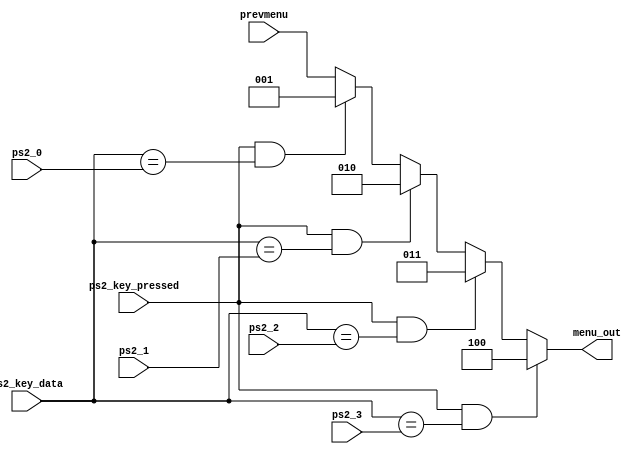
module player_controls(prevmenu, menu_out,ps2_0, ps2_1, ps2_2, ps2_3, ps2_key_pressed, ps2_key_data);
	input ps2_key_pressed;
	input [7:0] ps2_0, ps2_1, ps2_2, ps2_3, ps2_key_data; 
	input [2:0] prevmenu;
	output [2:0] menu_out;
	
	wire [2:0] menu_0, menu_1, menu_2, menu_3;
	assign menu_0 = (ps2_key_pressed && ps2_key_data == ps2_0)? 3'd1:prevmenu;
	assign menu_1 = (ps2_key_pressed && ps2_key_data == ps2_1)? 3'd2:menu_0;
	assign menu_2 = (ps2_key_pressed && ps2_key_data == ps2_2)? 3'd3:menu_1;
	assign menu_out = (ps2_key_pressed && ps2_key_data == ps2_3)? 3'd4:menu_2;

endmodule